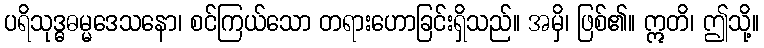
ပရိသုဒ္ဓဓမ္မဒေသနော၊ စင်ကြယ်သော တရားဟောခြင်းရှိသည်။ အမှိ၊ ဖြစ်၏။ ဣတိ၊ ဤသို့။